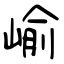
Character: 崳